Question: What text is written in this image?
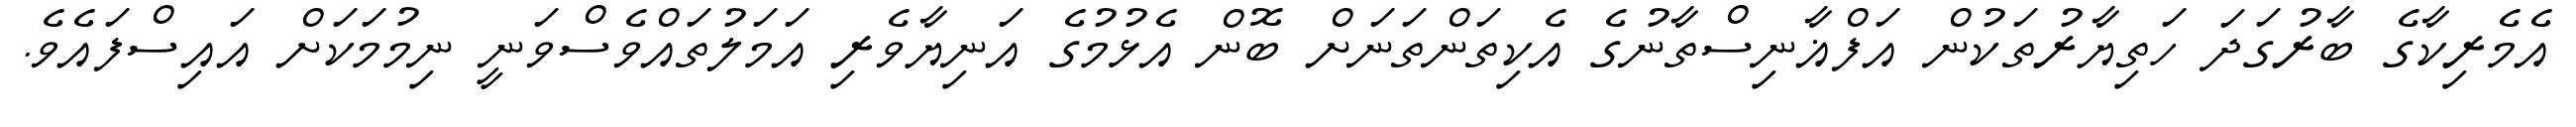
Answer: އެމެރިކާގެ ބާރުގަދަ ހަތިޔާރުތަކުން އަފްޣާނިސްތާނުގެ އެކިތަންތަނަށް ބޮން އެޅުމުގެ އަނިޔާވެރި އަމަލުތައްވެސްވަނީ ނިމުމަކަށް އައިސްފައެވެ.